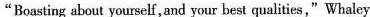
“ Boasting about yourself, and your best qualities ,” Whaley